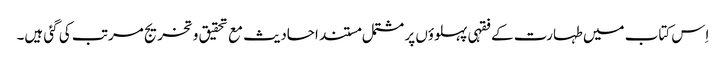
اِس کتاب میں طہارت کے فقہی پہلوؤں پر مشتمل مستند احادیث مع تحقیق و تخریج مرتب کی گئی ہیں۔